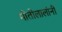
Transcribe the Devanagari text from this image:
मोतीलालांनी